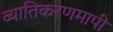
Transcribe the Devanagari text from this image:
व्यातिकरणमापी